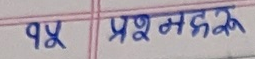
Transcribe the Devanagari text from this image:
१५ प्रश्नहरु